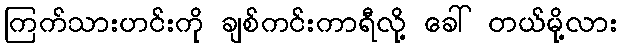
ကြက်သားဟင်းကို ချစ်ကင်းကာရီလို့ ခေါ် တယ်မို့လား